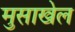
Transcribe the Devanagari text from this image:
मुसाखेल